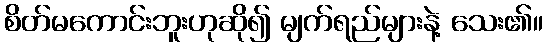
စိတ်မကောင်းဘူးဟုဆို၍ မျက်ရည်များနဲ့ သေး၏။